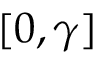
[ 0 , \gamma ]